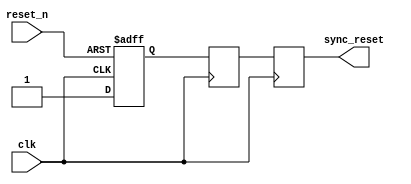
module async_reset_synchronizer (
    input wire reset_n,  // Active low asynchronous reset
    input wire clk,      // Clock signal
    output reg sync_reset // Synchronized active low reset output
);

    reg reset_n_ff1; // First stage flip-flop
    reg reset_n_ff2; // Second stage flip-flop

    // First flip-flop to capture the asynchronous reset signal
    always @(posedge clk or negedge reset_n) begin
        if (!reset_n) begin
            reset_n_ff1 <= 1'b0; // Asserted reset
        end else begin
            reset_n_ff1 <= 1'b1; // Deasserted reset
        end
    end

    // Second flip-flop to synchronize the reset signal
    always @(posedge clk) begin
        reset_n_ff2 <= reset_n_ff1; // Synchronize the reset
    end

    // Synchronized reset output (active low)
    always @(posedge clk) begin
        sync_reset <= reset_n_ff2; // Output the synchronized reset
    end

endmodule